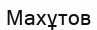
Махұтов